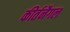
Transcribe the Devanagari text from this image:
कीर्तनैगल